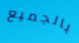
بالجميع